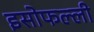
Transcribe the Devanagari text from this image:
इसोफल्ली